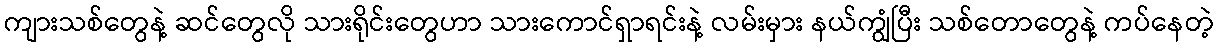
ကျားသစ်တွေနဲ့ ဆင်တွေလို သားရိုင်းတွေဟာ သားကောင်ရှာရင်းနဲ့ လမ်းမှား နယ်ကျွံပြီး သစ်တောတွေနဲ့ ကပ်နေတဲ့